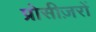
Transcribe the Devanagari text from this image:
प्रोसीज़रों